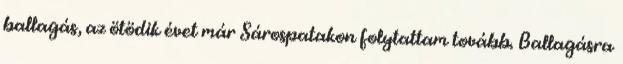
ballagás, az ötödik évet már Sárospatakon folytattam tovább. Ballagásra